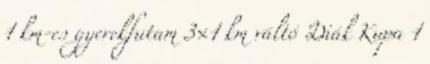
1 km-es gyerekfutam 3×1 km váltó Diák Kupa 1